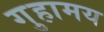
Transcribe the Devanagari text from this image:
गुहामय